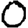
Digit: 0